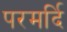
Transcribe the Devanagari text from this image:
परमर्दि